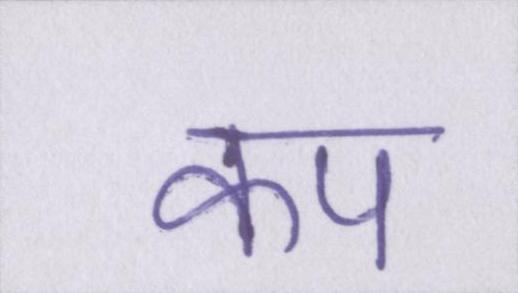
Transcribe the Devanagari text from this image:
कप